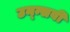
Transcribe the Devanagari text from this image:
उन्न्सवीं